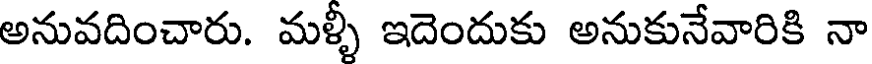
అనువదించారు. మళ్ళీ ఇదెందుకు అనుకునేవారికి నా